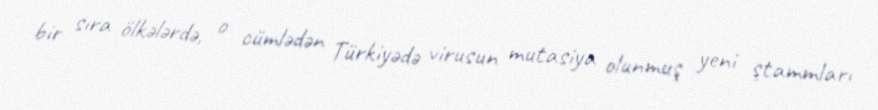
bir sıra ölkələrdə, o cümlədən Türkiyədə virusun mutasiya olunmuş yeni ştammları